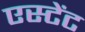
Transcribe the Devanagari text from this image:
एस्टेंट